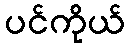
ပင်ကိုယ်